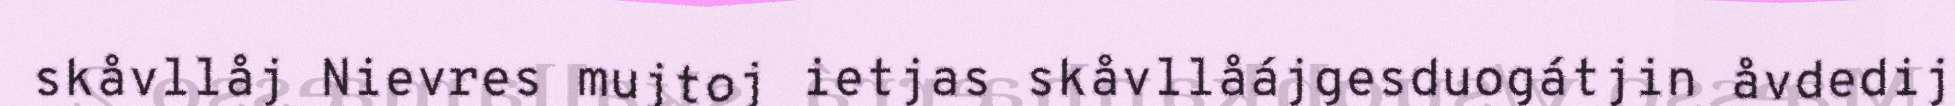
skåvllåj Nievres mujtoj ietjas skåvllåájgesduogátjin åvdedij